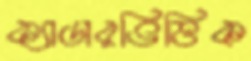
ক্যাডারভিত্তিক